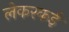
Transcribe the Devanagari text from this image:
लेकरकई